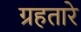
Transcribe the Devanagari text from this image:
ग्रहतारे